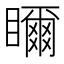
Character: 𥌃